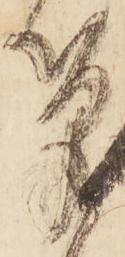
筆